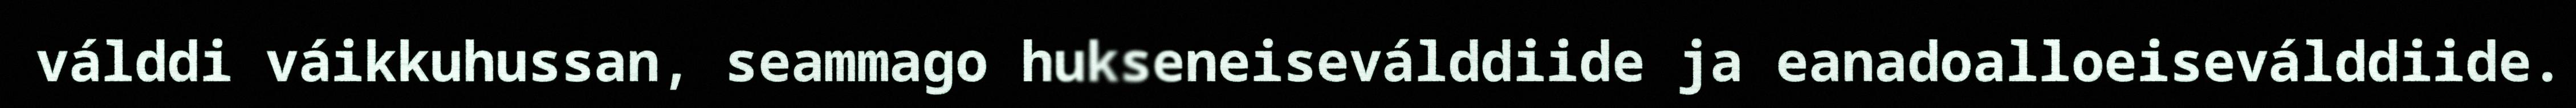
válddi váikkuhussan, seammago hukseneiseválddiide ja eanadoalloeiseválddiide.